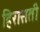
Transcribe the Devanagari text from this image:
हिरासती